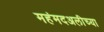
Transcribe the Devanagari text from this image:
महंमदअलीच्या